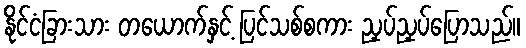
နိုင်ငံခြားသား တယောက်နှင့် ပြင်သစ်စကား ညှပ်ညှပ်ပြောသည်။